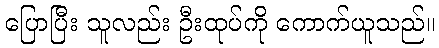
ပြောပြီး သူလည်း ဦးထုပ်ကို ကောက်ယူသည်။